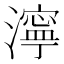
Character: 濘